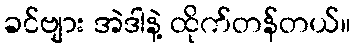
ခင်ဗျား အဲဒါနဲ့ ထိုက်တန်တယ်။